Report on vaccination in Madras 1904-1921 - 1904-1921
Year: 1904
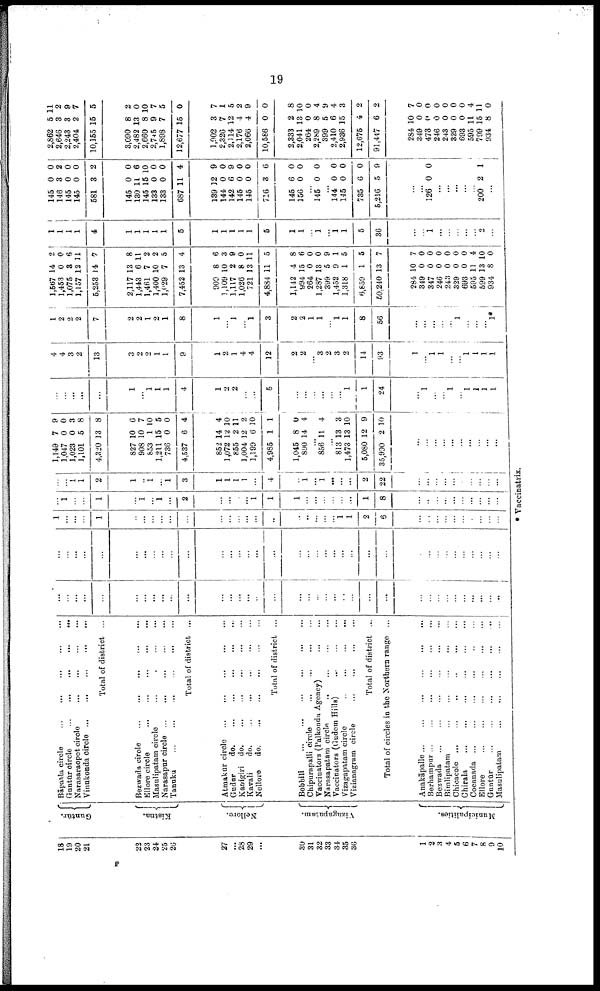
19
18
19
20
21
22
23
24
25
26
27
...
28
29
...
30
31
32
33
31
35
36
1
2
3
4
5
6
7
8
9
10
Guntūr.
Kistna.
Nellore.
Vizagapatam.
Municipalities.
Bāpatla circle
...
...
...
...
...
Guntūr circle ... ... ... ... ...
Narasaraopet circle
...
...
...
...
Vinukonda circle
...
...
...
...
...
Total of district ...
Bezwada circle
...
...
...
...
...
Ellore circle
...
...
...
...
...
Masulipatam circle
...
...
...
...
Narasapur circle
...
...
...
...
...
Tanuku
...
...
...
...
...
...
Total of district ...
Atmakur circle
...
...
...
...
...
Gudur
d
o
. ... ... ... ... ...
Kanigiri d
o
. ... ... ... ... ...
Kavali
do.
...
...
...
...
...
Nellore
d
o
. ... ... ... ... ...
Total of district ...
Bobbili
...
...
...
...
...
...
Chipurapalli circle
...
...
...
...
Vaccinators (Palkonda Agency)
...
...
Narasapatam circle ... ... ... ...
Vaccinators (Gudem Hills)
...
...
...
Vizagapatam circle
...
...
...
...
Vizianagram circle
...
...
...
...
Total of district ...
Total of circles in the Northern range ...
Anakāpalle
...
...
...
...
...
...
Berhampur
...
...
...
...
...
...
Bezwada ... ... ... ... ... ...
Bimlipatam ... ... ... ... ... ...
Chicacole
...
...
...
...
...
...
Chirala
...
...
...
...
...
...
Cocanada
...
...
...
...
...
...
Ellore
...
...
...
...
...
...
Guntūr
...
...
...
...
...
...
Masulipatam
...
...
...
...
...
...
...
...
...
...
...
...
...
...
...
...
...
...
...
...
...
...
...
...
...
...
...
...
...
...
...
...
...
...
...
...
...
...
...
...
...
...
...
...
...
...
...
...
...
...
...
...
...
...
...
...
...
...
...
...
...
...
...
...
...
...
...
...
...
...
...
...
...
...
...
...
...
1
...
...
...
1
...
...
...
...
...
...
...
...
...
...
...
...
...
...
...
...
...
1 1
2
8
...
...
...
...
...
...
...
...
...
...
...
1
...
...
1
...
1
...
1
...
2
...
...
...
...
1
1
1
...
...
...
...
...
...
1
8
...
...
...
...
...
...
...
...
...
...
...
...
1 1
2
1
...
1
...
1
3
1
1
1
1
...
4
...
1
...
1
...
...
...
2
22
...
...
...
...
...
...
...
...
...
...
1,149
1,047
1,023
1,101
4,320
827
908
853
1,211
736
4,537
852
1,072
855
1,004
1,199
4,985
1,045
890
7
0
0
5
13
10
10
1
15
0
6
14
12
2
12
6
1
8
14
9
0
3
8
8
6
7
10
5
0
4
4
10
11
2
10
1
0
4
...
856 11 4
...
813
1,473
5,080
35,990
13
13
12
2
3
10
9
10
...
...
...
...
...
...
...
...
...
...
...
...
...
...
...
1
...
1
1
1
4
1
2
2
...
...
5
...
...
...
...
...
...
1
1
24
...
1
...
...
1
...
1
1
1
1
4
4
3
2
13
3
2
2
1
1
9
1
2
1
4
4
12
2
2
...
3
2
3
2
14
93
1
...
1
1
...
...
1
1
1
1
1
2
2
2
7
2
2
1
2
1
8
1
...
1
...
1
3
2
2
1
1
...
1
1
8
56
...
...
...
...
...
1
...
...
...
1*
1,561
1,453
1,075
1,157
5,253
2,117
1,443
1,461
1,400
1,029
7,452
909
1,109
1,117
1,026
721
4,884
1,142
994
264
1,287
399
1,452
1,318
6,859
50,240
284
349
347
246
243
329
693
595
599
934
14
0
3
12
14
13
6
7
10
7
13
8
10
2
8
13
11
4
15
0
13
5
9
1
1
13
10
0
0
0
0
0
0
11
13
8
2
0
6
11
7
8
11
2
2
5
4
6
3
9
0
11
5
8
6
0
0
9
1
5
5
7
7
0
0
0
0
0
0
4
10
0
1
1
1
1
4
1
1
1
1
1
5
1
1
1
1
1
5
1
1
...
1
...
1
1
5
36
...
...
1
...
...
...
...
...
2
...
145
146
145
145
581
145
130
145
133
133
687
139
144
142
145
145
716
145
156
0
3
0
0
3
0
11
15
0
0
11
12
0
6
0
0
3
6
0
0
2
0
0
2
0
6
10
0
0
4
9
0
9
0
0
6
0
0
...
145 0 0
...
144
145
735
5,216
0
0
6
5
0
0
0
9
...
...
126 0 0
...
...
...
...
...
200 2 1
...
2,862
2,646
2,243
2,404
10,155
3,090
2,482
2,660
2,745
1,898
12,677
1,902
2,326
2,114
2,176
2,066
10,586
2,333
2,041
264
2,289
399
2,410
2,936
12,675
91,447
284
349
473
246
243
329
693
595
799
934
5
3
3
2
15
8
13
8
9
7
15
3
7
12
4
4
0
2
13
0
8
5
6
15
4
6
10
0
0
0
0
0
0
11
15
8
11
2
9
7
5
2
0
10
7
5
0
7
1
5
2
9
0
8
10
0
4
9
4
3
2
2
7
0
0
0
0
0
0
4
11
0
* Vaccinatrix.
P